Indian journal of veterinary science and animal husbandry - Volumes 15-17, 1948-1951
Year: 1948
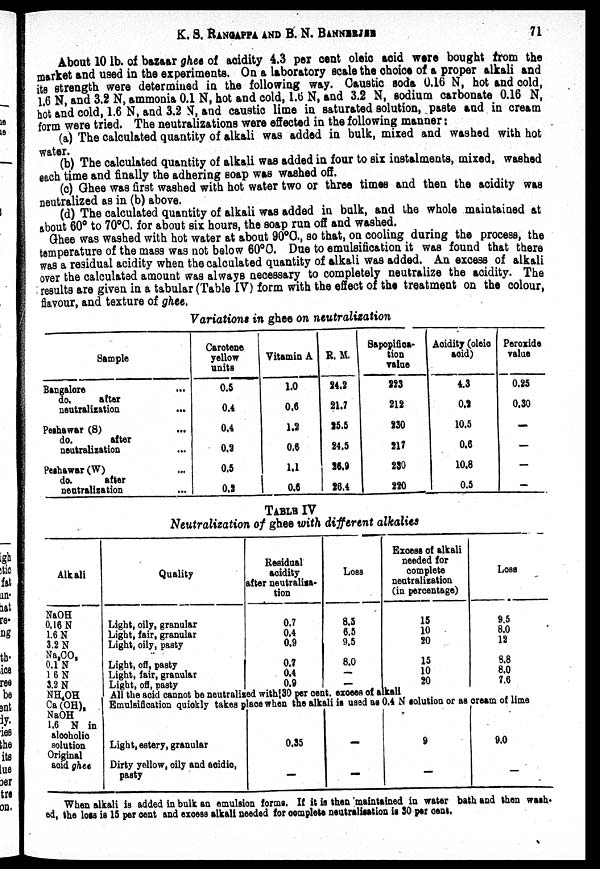
K. S. RANGAPPA AND B. N. BANNRJEE 71
About 10 lb. of bazaar ghee of acidity 4.3 per cent oleic acid were bought from the
market and used in the experiments. On a laboratory scale the choice of a proper alkali and
its strength were determined in the following way. Caustic soda 0.16 N, hot and cold,
16 N and 3.2 N, ammonia 0.1 N, hot and cold, 1.6 N, and 3.2 N, sodium carbonate 0.16 N,
hot and cold, 1.6 N, and 3.2 N, and caustic lime in saturated solution, paste and in cream
form were tried. The neutralizations were effected in the following manner:
(a) The calculated quantity of alkali was added in bulk, mixed and washed with hot
water.
(b) The calculated quantity of alkali was added in four to six instalments, mixed, washed
each time and finally the adhering soap was washed off.
(c) Ghee was first washed with hot water two or three times and then the acidity was
neutralized as in (b) above.
(d) The calculated quantity of alkali was added in bulk, and the whole maintained at
about 60° to 70°C. for about six hours, the soap run off and washed.
Ghee was washed with hot water at about 90°C., so that, on cooling during the process, the
temperature of the mass was not below 60°C. Due to emulsification it was found that there
was a residual acidity when the calculated quantity of alkali was added. An excess of alkali
over the calculated amount was always necessary to completely neutralize the acidity. The
results are given in a tabular (Table IV) form with the effect of the treatment on the colour,
flavour, and texture of ghee.
Variations in ghee on neutralization
Sample
Bangalore ...
do.
after
neutralization
Peshawar (S) ...
do.
after
neutralization
Peshawar (W) ...
do.
after
neutralization ...
Carotene
yellow
units
0.5
0.4
0.4
0.2
0.5
0.2
Vitamin A
1.0
0.6
1.2
0.6
1.1
0.6
R. M.
24.2
21.7
25.5
24.5
28.9
26.4
Sapopifica-
tion
value
223
212
230
217
230
220
Acidity (oleio
acid)
4.3
0.2
10.5
0.6
10.8
0.5
Peroxide
value
0.25
0.30
—
—
—
—
TABLE IV
Neutralization of ghee with different alkalies
Alkali
NaOH
0.16 N
1.6 N
3.2 N
Na 2 CO 2
0.1N
1 6N
3.2 N
NH 4 OH
Ca (OH) 2
NaOH
1.6 N in
alcoholic
solution
Original
acid ghee
Quality
Light, oily, granular
Light, fair, granular
Light, oily, pasty
...
Light, off, pasty
Light, fair, granular
Light, off, pasty
Residual
acidity
after neutralisa-
tion
0.7
0.4
0.9
0.7
0.4
0.9
Loss
8.5
6.5
9.5
8.0
—
—
Excess of alkali
needed for
complete
neutralization
(in percentage)
15
10
20
15
10
20
All the acid cannot be neutralized with 30 per cent. excees of alkali
LOSS
9.5
8.0
12
8.8
8.0
7.6
Emulsification quickly takes place when the alkali is used as 0.4 N solution or as cream of lime
Light, estery, granular
Dirty yellow, oily and acidic,
pasty
0.35
—
—
—
9
—
9.0
—
When alkali is added in bulk an emulsion forms. If it is then maintained in water bath and then wash-
ed, the loss is 15 per cent and excess alkali needed for complete neutralisation is 30 per cent.